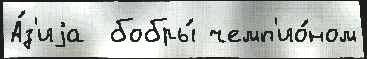
А́з'иjа  бобры́ чемп'ио́ном